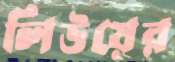
লিউয়ের